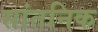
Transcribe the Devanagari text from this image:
सांतनिक